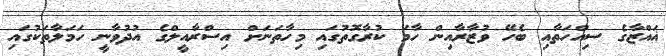
ޣައްޒާގެ ސިއްހަތާއި ބެހޭ ވުޒާރާއިން ހާމަ ކުރާގޮތުގައި މިހާތަނަށް އިސްރާއީލްގެ އުދުވާނީ ހަމަލާތަކުގައި